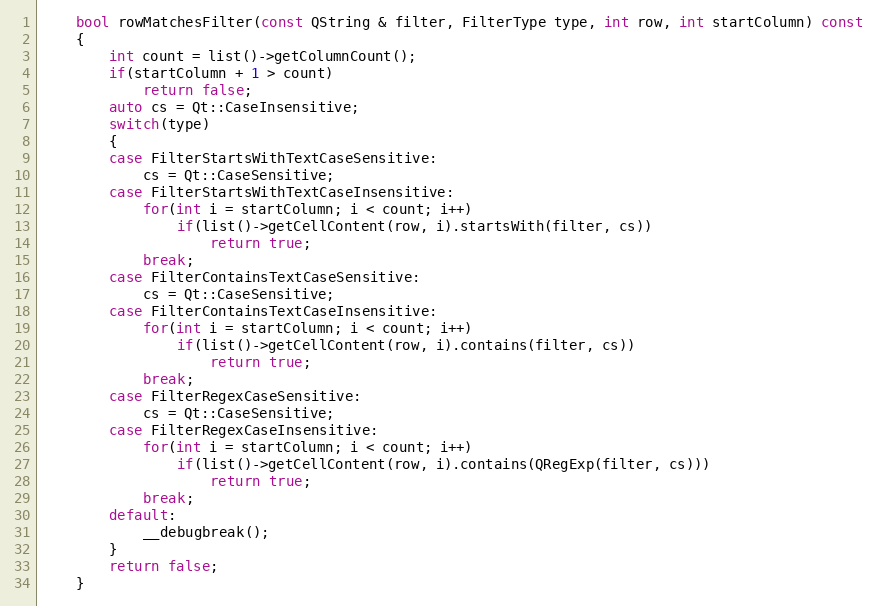
Language: C
    bool rowMatchesFilter(const QString & filter, FilterType type, int row, int startColumn) const
    {
        int count = list()->getColumnCount();
        if(startColumn + 1 > count)
            return false;
        auto cs = Qt::CaseInsensitive;
        switch(type)
        {
        case FilterStartsWithTextCaseSensitive:
            cs = Qt::CaseSensitive;
        case FilterStartsWithTextCaseInsensitive:
            for(int i = startColumn; i < count; i++)
                if(list()->getCellContent(row, i).startsWith(filter, cs))
                    return true;
            break;
        case FilterContainsTextCaseSensitive:
            cs = Qt::CaseSensitive;
        case FilterContainsTextCaseInsensitive:
            for(int i = startColumn; i < count; i++)
                if(list()->getCellContent(row, i).contains(filter, cs))
                    return true;
            break;
        case FilterRegexCaseSensitive:
            cs = Qt::CaseSensitive;
        case FilterRegexCaseInsensitive:
            for(int i = startColumn; i < count; i++)
                if(list()->getCellContent(row, i).contains(QRegExp(filter, cs)))
                    return true;
            break;
        default:
            __debugbreak();
        }
        return false;
    }